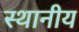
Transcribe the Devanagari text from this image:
स्थानीय